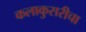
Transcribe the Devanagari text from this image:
कलाकुसरीचा